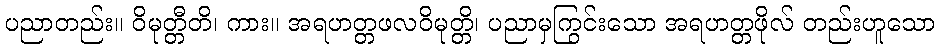
ပညာတည်း။ ဝိမုတ္တီတိ၊ ကား။ အရဟတ္တဖလဝိမုတ္တိ၊ ပညာမှကြွင်းသော အရဟတ္တဖိုလ် တည်းဟူသော